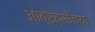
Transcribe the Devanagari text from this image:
आब्रुत्सोच्या